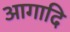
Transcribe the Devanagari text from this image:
आगादि